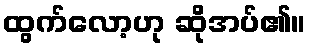
ထွက်လော့ဟု ဆိုအပ်၏။